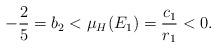
LaTeX: \begin{align*} -\frac{2}{5} = b_2 < \mu_H(E_1) = \frac{c_1}{r_1} < 0. \end{align*}